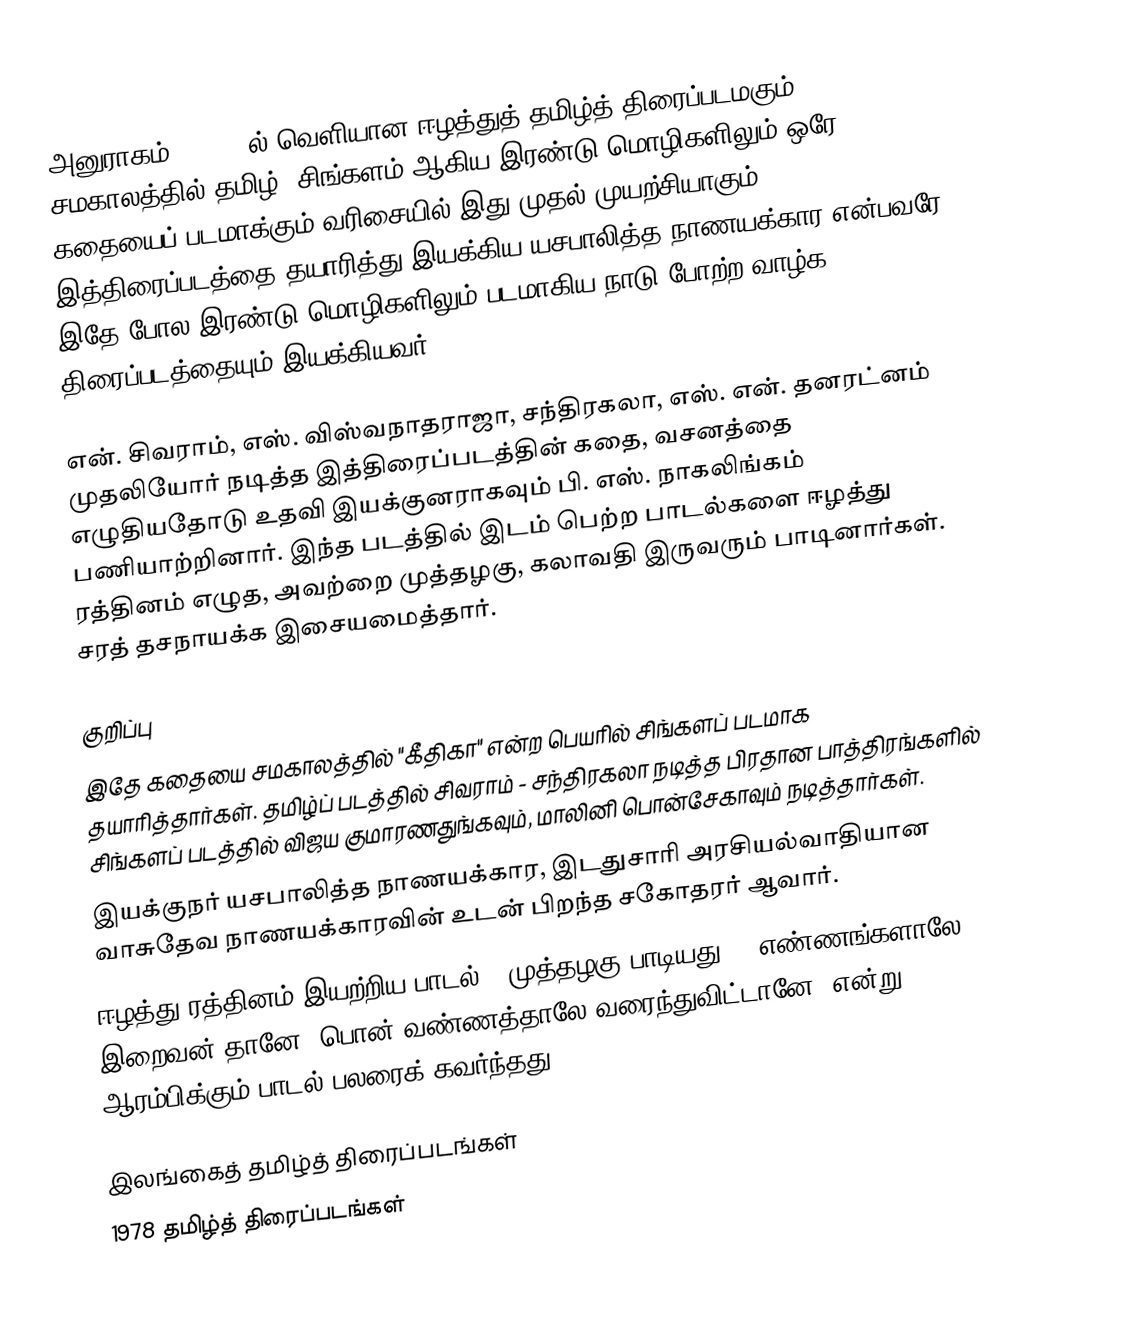
அனுராகம் () 1978ல் வெளியான ஈழத்துத் தமிழ்த் திரைப்படமகும். சமகாலத்தில் தமிழ், சிங்களம் ஆகிய இரண்டு மொழிகளிலும் ஒரே கதையைப் படமாக்கும் வரிசையில் இது முதல் முயற்சியாகும். இத்திரைப்படத்தை தயாரித்து இயக்கிய யசபாலித்த நாணயக்கார என்பவரே இதே போல இரண்டு மொழிகளிலும் படமாகிய நாடு போற்ற வாழ்க திரைப்படத்தையும் இயக்கியவர்.

என். சிவராம், எஸ். விஸ்வநாதராஜா, சந்திரகலா, எஸ். என். தனரட்னம் முதலியோர் நடித்த இத்திரைப்படத்தின் கதை, வசனத்தை எழுதியதோடு உதவி இயக்குனராகவும் பி. எஸ். நாகலிங்கம் பணியாற்றினார். இந்த படத்தில் இடம் பெற்ற பாடல்களை ஈழத்து ரத்தினம் எழுத, அவற்றை முத்தழகு, கலாவதி இருவரும் பாடினார்கள். சரத் தசநாயக்க இசையமைத்தார்.

குறிப்பு
 இதே கதையை சமகாலத்தில் "கீதிகா" என்ற பெயரில் சிங்களப் படமாக தயாரித்தார்கள். தமிழ்ப் படத்தில் சிவராம் - சந்திரகலா நடித்த பிரதான பாத்திரங்களில் சிங்களப் படத்தில் விஜய குமாரணதுங்கவும், மாலினி பொன்சேகாவும் நடித்தார்கள்.
 இயக்குநர் யசபாலித்த நாணயக்கார, இடதுசாரி அரசியல்வாதியான வாசுதேவ நாணயக்காரவின் உடன் பிறந்த சகோதரர் ஆவார்.
 ஈழத்து ரத்தினம் இயற்றிய பாடல் - முத்தழகு பாடியது - "எண்ணங்களாலே இறைவன் தானே, பொன் வண்ணத்தாலே வரைந்துவிட்டானே" என்று ஆரம்பிக்கும் பாடல் பலரைக் கவர்ந்தது.

இலங்கைத் தமிழ்த் திரைப்படங்கள்
1978 தமிழ்த் திரைப்படங்கள்